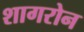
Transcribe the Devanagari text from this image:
शागरोन